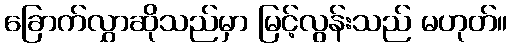
ခြောက်လွှာဆိုသည်မှာ မြင့်လွန်းသည် မဟုတ်။